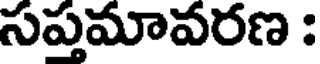
సప్తమావరణ :